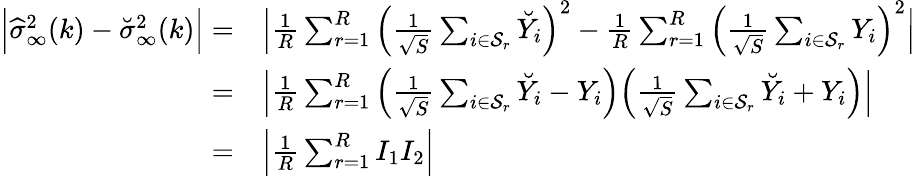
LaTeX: \begin{array}{rl}{\Big|\widehat{\sigma}_{\infty}^{2}(k)-\breve{\sigma}_{\infty}^{2}(k)\Big|=}&{\Big|\frac{1}{R}\sum_{r=1}^{R}\Big(\frac{1}{\sqrt{S}}\sum_{i\in{\mathcal{S}_{r}}}\breve{Y}_{i}\Big)^{2}-\frac{1}{R}\sum_{r=1}^{R}\Big(\frac{1}{\sqrt{S}}\sum_{i\in{\mathcal{S}_{r}}}Y_{i}\Big)^{2}\Big|}\\ {=}&{\Big|\frac{1}{R}\sum_{r=1}^{R}\Big(\frac{1}{\sqrt{S}}\sum_{i\in{\mathcal{S}_{r}}}\breve{Y}_{i}-Y_{i}\Big)\Big(\frac{1}{\sqrt{S}}\sum_{i\in{\mathcal{S}_{r}}}\breve{Y}_{i}+Y_{i}\Big)\Big|}\\ {=}&{\Big|\frac{1}{R}\sum_{r=1}^{R}I_{1}I_{2}\Big|}\end{array}